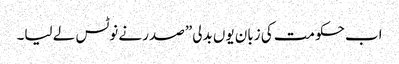
اب حکومت کی زبان یوں بدلی” صدر نے نوٹس لے لیا۔